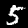
Digit: 5